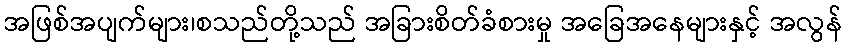
အဖြစ်အပျက်များ၊စသည်တို့သည် အခြားစိတ်ခံစားမှု အခြေအနေများနှင့် အလွန်